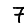
Digit: 7